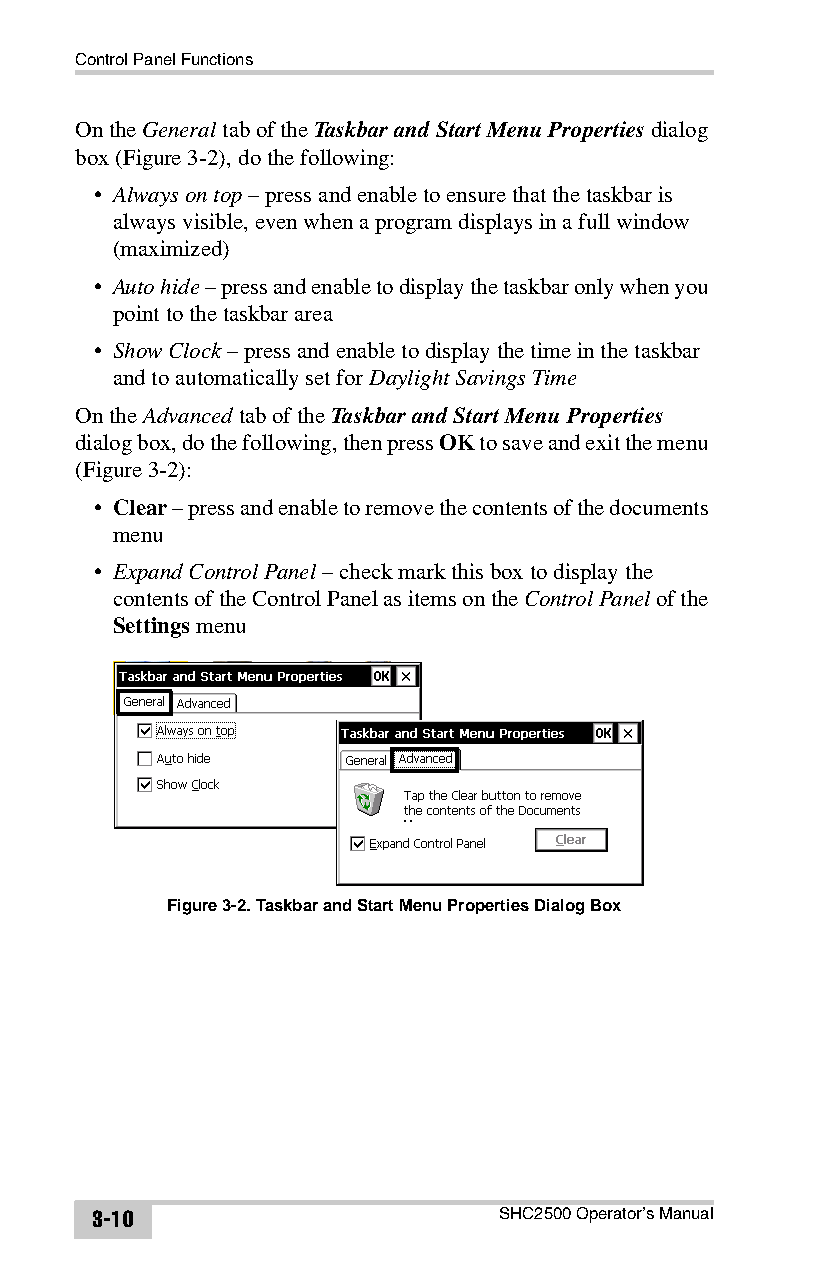
Control Panel Functions
 On the General tab of the Taskbar and Start Menu Properties dialog
 box (Figure3-2), do the following:
 • Always on top – press and enable to ensure that the taskbar is
 always visible, even when a program displays in a full window
 (maximized)
 • Auto hide – press and enable to display the taskbar only when you
 point to the taskbar area
 • Show Clock – press and enable to display the time in the taskbar
 and to automatically set for Daylight Savings Time
 On the Advanced tab of the Taskbar and Start Menu Properties
 dialog box, do the following, then press OK to save and exit the menu
 (Figure3-2):
 • Clear – press and enable to remove the contents of the documents
 menu
 • Expand Control Panel – check mark this box to display the
 contents of the Control Panel as items on the Control Panel of the
 Settings menu
 Figure 3-2. Taskbar and Start Menu Properties Dialog Box
 3-10                       SHC2500 Operator’s Manual